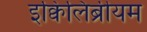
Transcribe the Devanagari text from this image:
इक्विलिब्रीयम